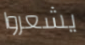
يشعروا